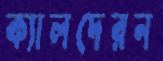
ক্যালদেরন